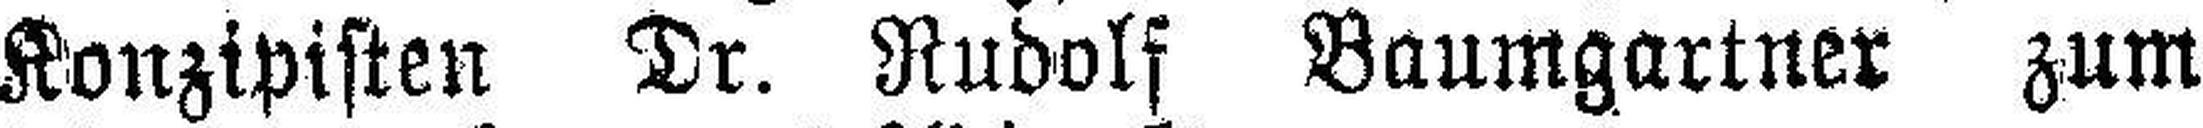
Konzipisten Dr. Rudolf Baumgartner zum